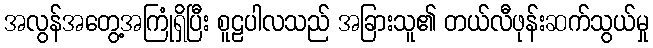
အလွန်အတွေ့အကြုံရှိပြီး စူဠပါလသည် အခြားသူ၏ တယ်လီဖုန်းဆက်သွယ်မှု